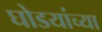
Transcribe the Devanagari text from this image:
घोडयांच्या